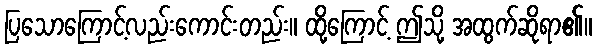
ပြသောကြောင့်လည်းကောင်းတည်း။ ထို့ကြောင့် ဤသို့ အထွက်ဆိုရာ၏။